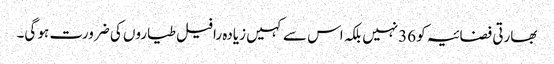
بھارتی فضائیہ کو 36نہیں بلکہ اس سے کہیں زیادہ رافیل طیاروں کی ضرورت ہو گی۔